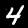
Label: 4